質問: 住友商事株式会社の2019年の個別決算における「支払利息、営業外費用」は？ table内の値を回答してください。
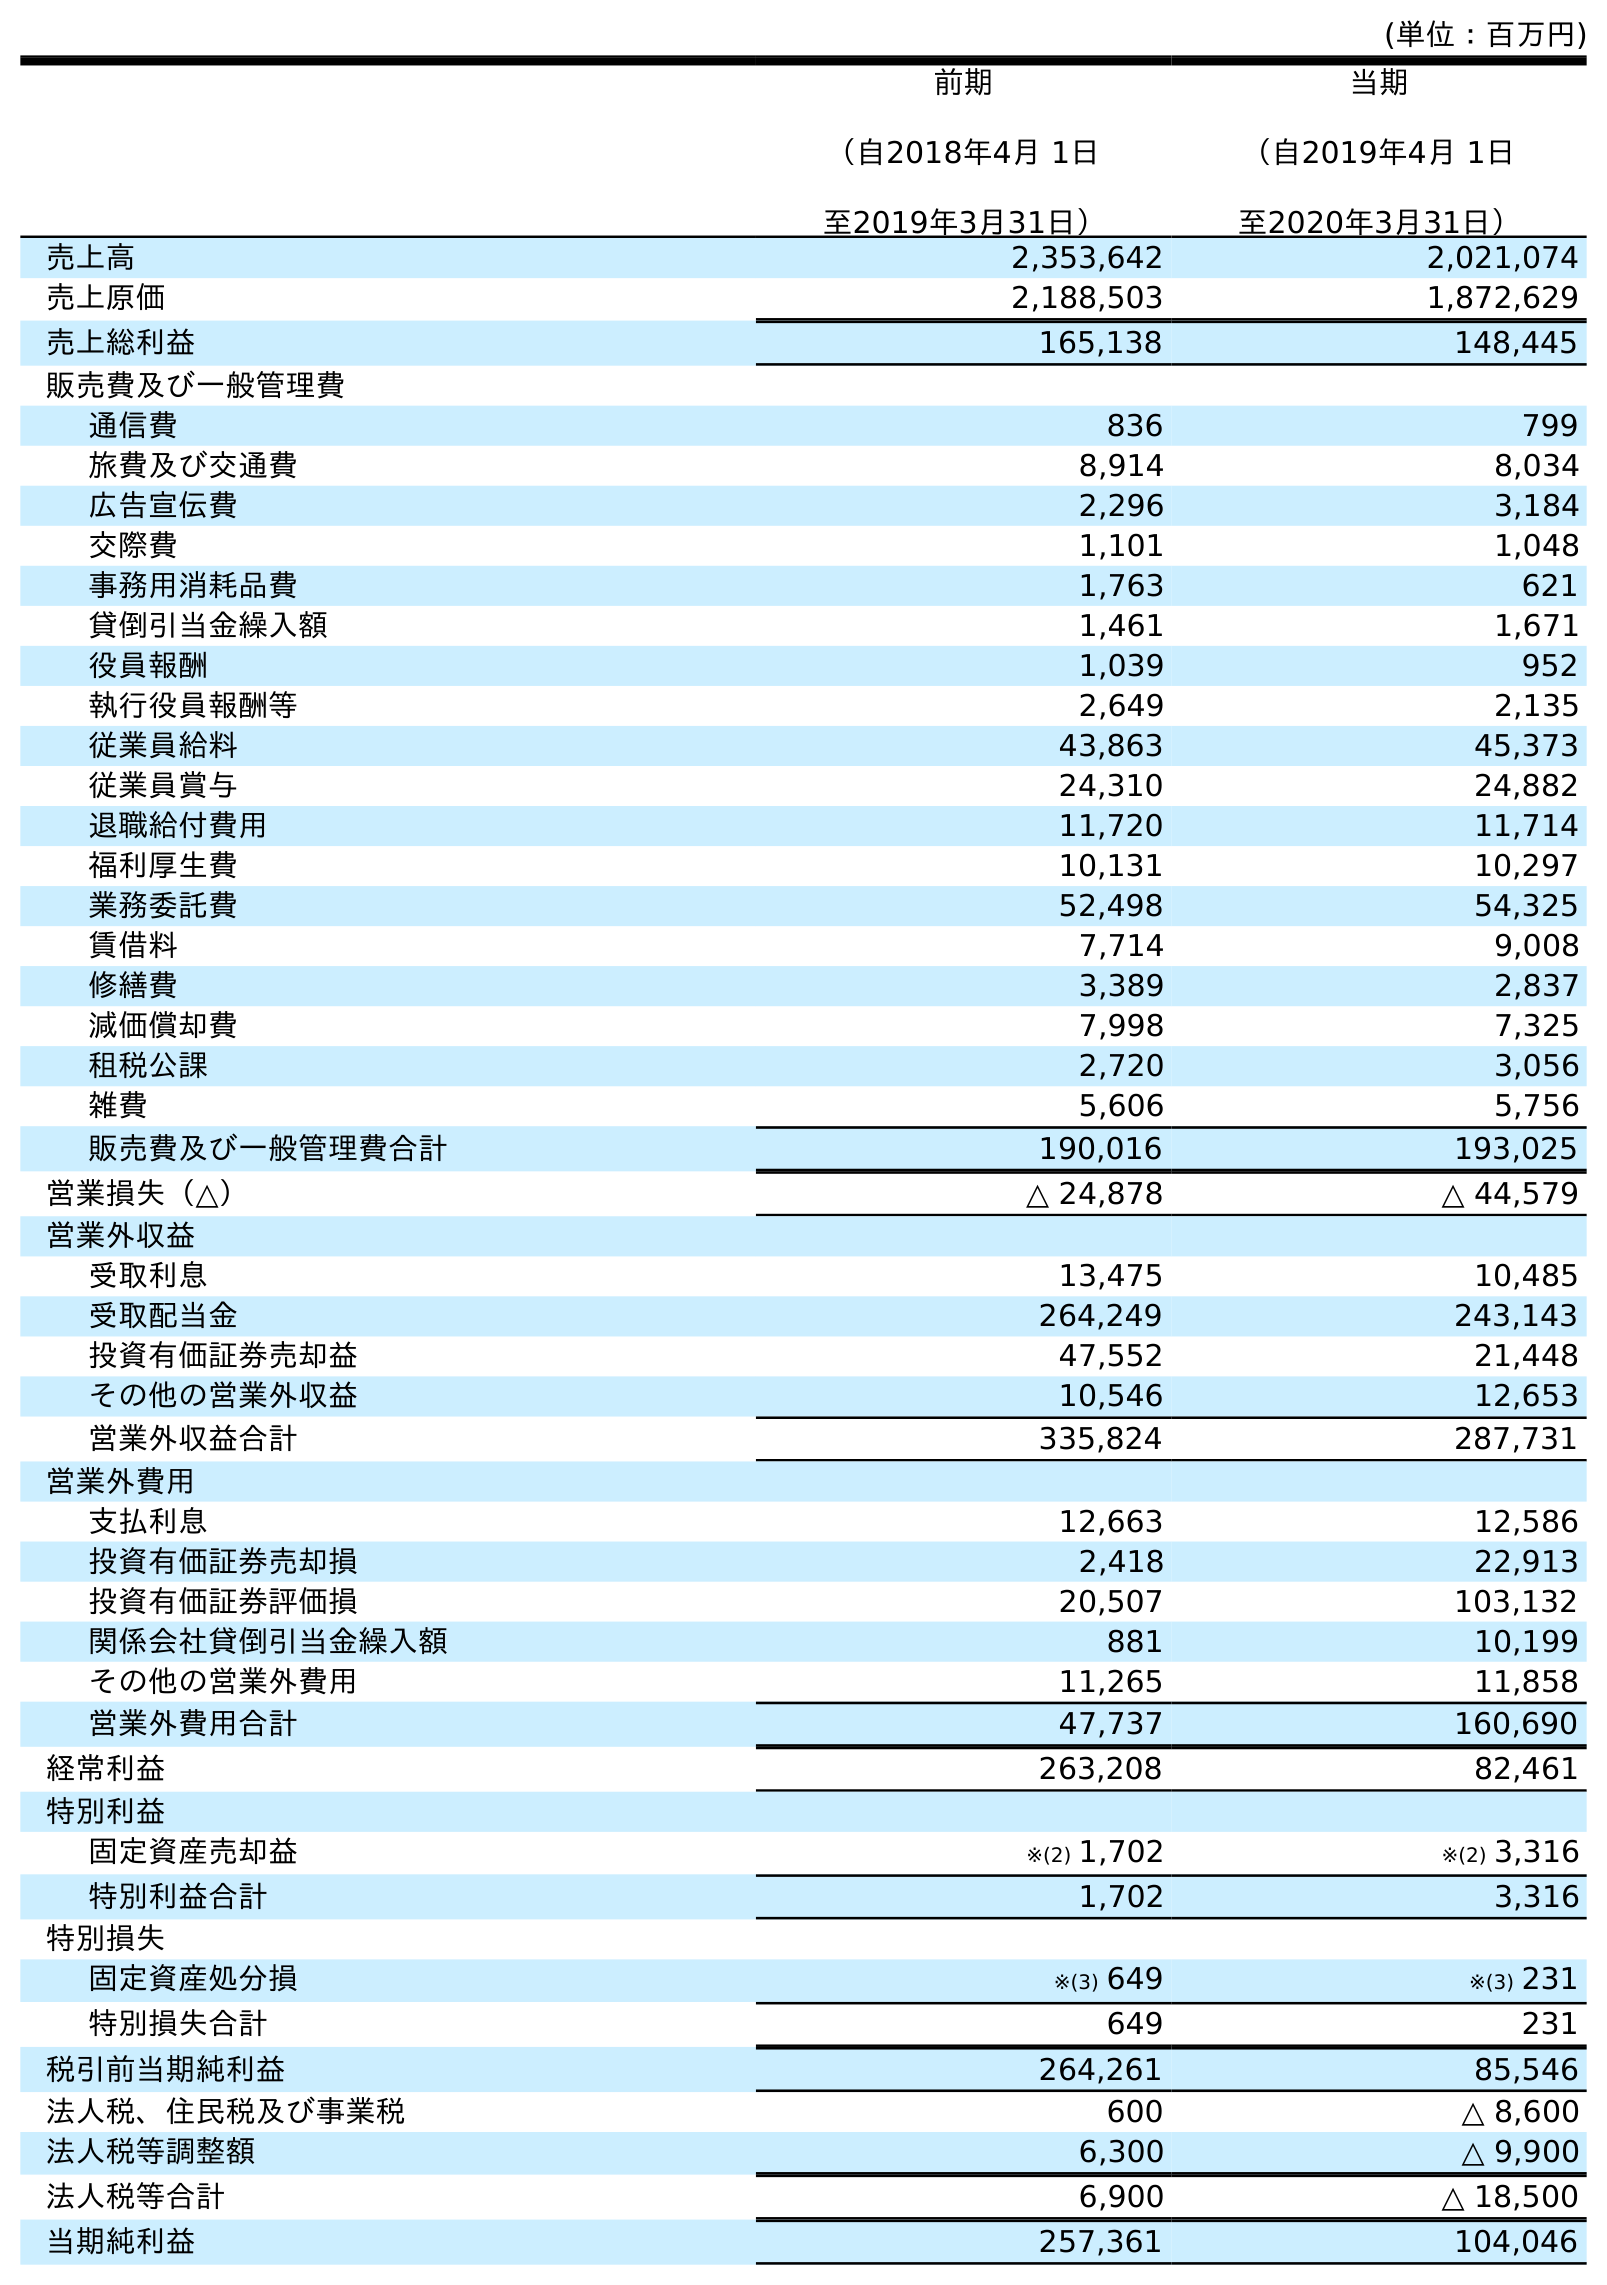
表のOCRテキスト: (単位：百万円) 前期 （自2018年4月 1日 至2019年3月31日） 当期 （自2019年4月 1日 至2020年3月31日） 売上高 2,353,642 2,021,074 売上原価 2,188,503 1,872,629 売上総利益 165,138 148,445 販売費及び一般管理費 通信費 836 799 旅費及び交通費 8,914 8,034 広告宣伝費 2,296 3,184 交際費 1,101 1,048 事務用消耗品費 1,763 621 貸倒引当金繰入額 1,461 1,671 役員報酬 1,039 952 執行役員報酬等 2,649 2,135 従業員給料 43,863 45,373 従業員賞与 24,310 24,882 退職給付費用 11,720 11,714 福利厚生費 10,131 10,297 業務委託費 52,498 54,325 賃借料 7,714 9,008 修繕費 3,389 2,837 減価償却費 7,998 7,325 租税公課 2,720 3,056 雑費 5,606 5,756 販売費及び一般管理費合計 190,016 193,025 営業損失（△） △ 24,878 △ 44,579 営業外収益 受取利息 13,475 10,485 受取配当金 264,249 243,143 投資有価証券売却益 47,552 21,448 その他の営業外収益 10,546 12,653 営業外収益合計 335,824 287,731 営業外費用 支払利息 12,663 12,586 投資有価証券売却損 2,418 22,913 投資有価証券評価損 20,507 103,132 関係会社貸倒引当金繰入額 881 10,199 その他の営業外費用 11,265 11,858 営業外費用合計 47,737 160,690 経常利益 263,208 82,461 特別利益 固定資産売却益 ※(2) 1,702 ※(2) 3,316 特別利益合計 1,702 3,316 特別損失 固定資産処分損 ※(3) 649 ※(3) 231 特別損失合計 649 231 税引前当期純利益 264,261 85,546 法人税、住民税及び事業税 600 △ 8,600 法人税等調整額 6,300 △ 9,900 法人税等合計 6,900 △ 18,500 当期純利益 257,361 104,046
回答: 12,663